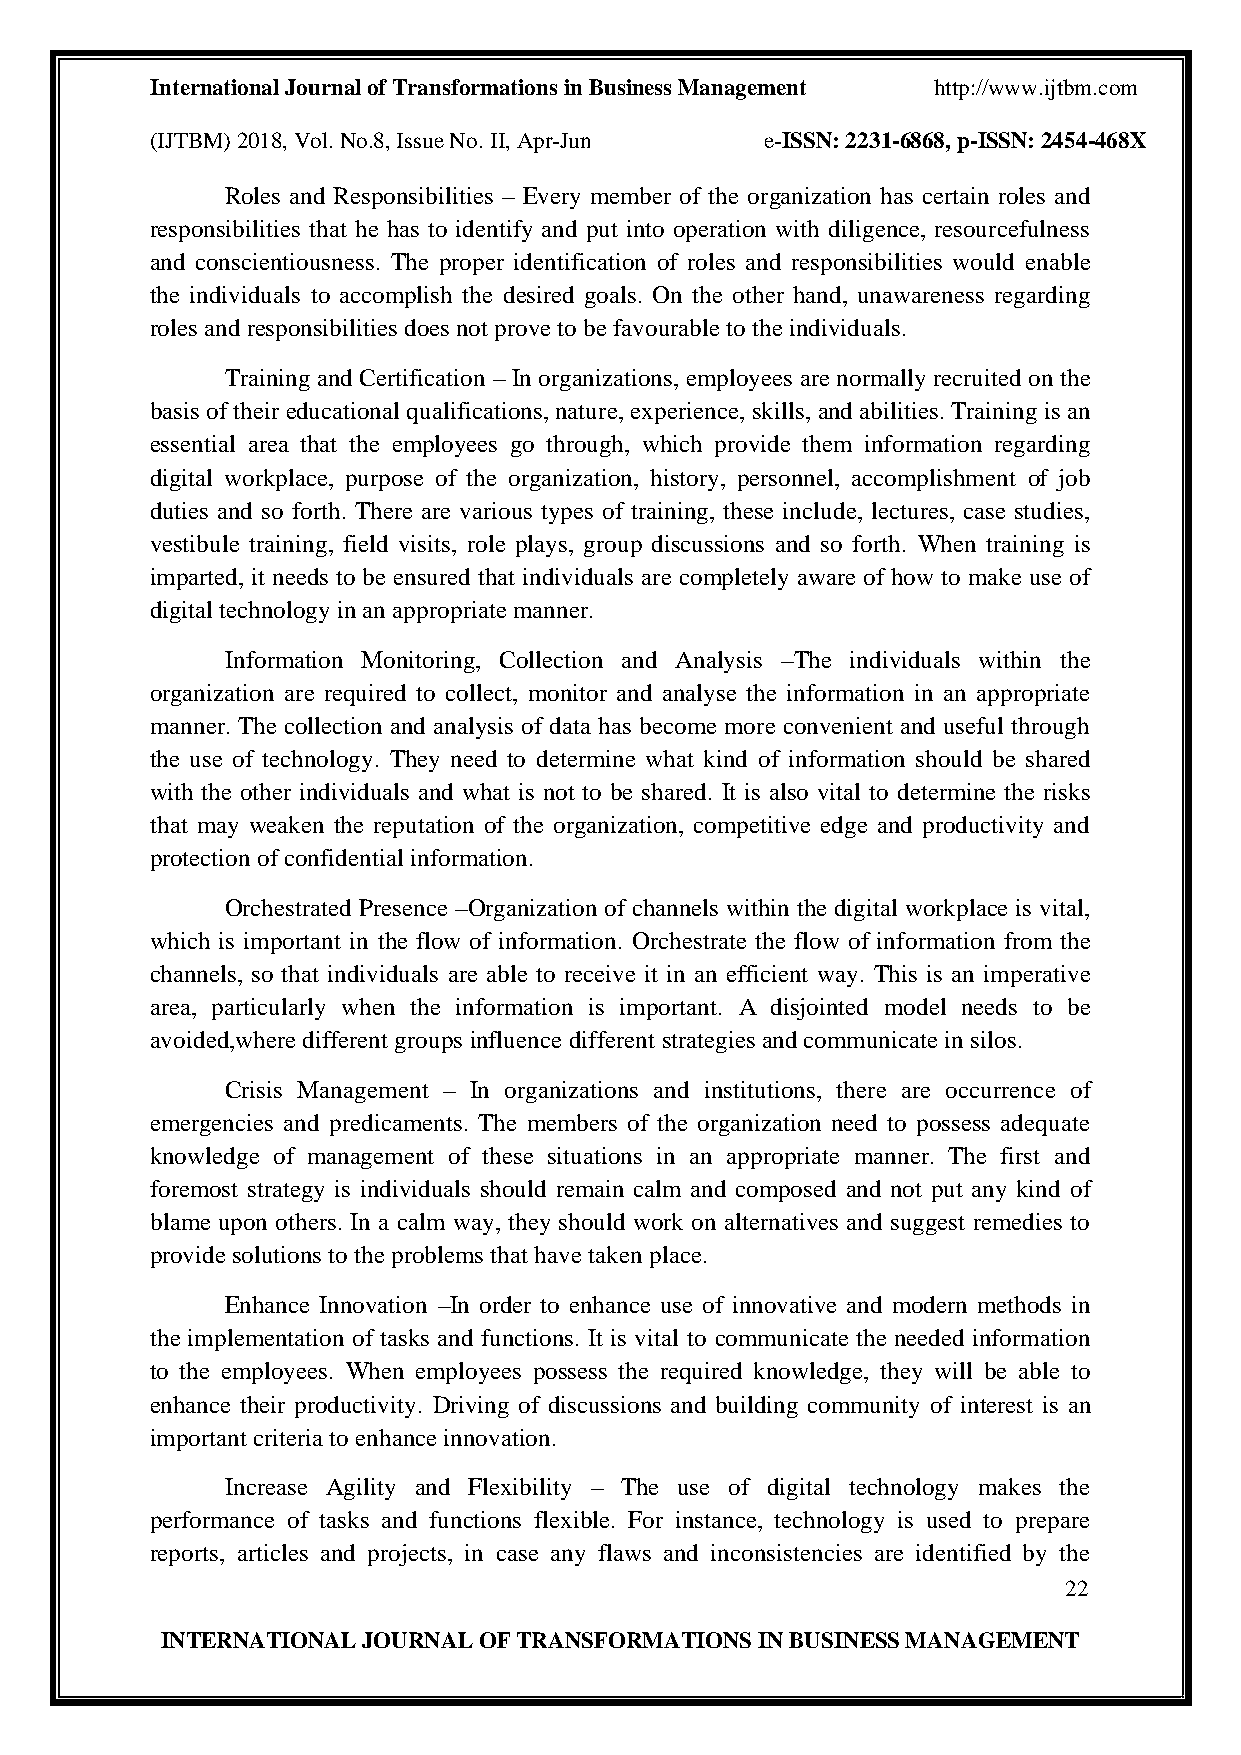
International Journal of Transformations in Business Management http://www.ijtbm.com
 (IJTBM) 2018, Vol. No.8, Issue No. II, Apr-Jun e-ISSN: 2231-6868, p-ISSN: 2454-468X
 Roles and Responsibilities – Every member of the organization has certain roles and
 responsibilities that he has to identify and put into operation with diligence, resourcefulness
 and conscientiousness. The proper identification of roles and responsibilities would enable
 the individuals to accomplish the desired goals. On the other hand, unawareness regarding
 roles and responsibilities does not prove to be favourable to the individuals.
 Training and Certification – In organizations, employees are normally recruited on the
 basis of their educational qualifications, nature, experience, skills, and abilities. Training is an
 essential area that the employees go through, which provide them information regarding
 digital workplace, purpose of the organization, history, personnel, accomplishment of job
 duties and so forth. There are various types of training, these include, lectures, case studies,
 vestibule training, field visits, role plays, group discussions and so forth. When training is
 imparted, it needs to be ensured that individuals are completely aware of how to make use of
 digital technology in an appropriate manner.
 Information Monitoring, Collection and Analysis –The individuals within the
 organization are required to collect, monitor and analyse the information in an appropriate
 manner. The collection and analysis of data has become more convenient and useful through
 the use of technology. They need to determine what kind of information should be shared
 with the other individuals and what is not to be shared. It is also vital to determine the risks
 that may weaken the reputation of the organization, competitive edge and productivity and
 protection of confidential information.
 Orchestrated Presence –Organization of channels within the digital workplace is vital,
 which is important in the flow of information. Orchestrate the flow of information from the
 channels, so that individuals are able to receive it in an efficient way. This is an imperative
 area, particularly when the information is important. A disjointed model needs to be
 avoided,where different groups influence different strategies and communicate in silos.
 Crisis Management – In organizations and institutions, there are occurrence of
 emergencies and predicaments. The members of the organization need to possess adequate
 knowledge of management of these situations in an appropriate manner. The first and
 foremost strategy is individuals should remain calm and composed and not put any kind of
 blame upon others. In a calm way, they should work on alternatives and suggest remedies to
 provide solutions to the problems that have taken place.
 Enhance Innovation –In order to enhance use of innovative and modern methods in
 the implementation of tasks and functions. It is vital to communicate the needed information
 to the employees. When employees possess the required knowledge, they will be able to
 enhance their productivity. Driving of discussions and building community of interest is an
 important criteria to enhance innovation.
 Increase Agility and Flexibility – The use of digital technology makes the
 performance of tasks and functions flexible. For instance, technology is used to prepare
 reports, articles and projects, in case any flaws and inconsistencies are identified by the
 22
 INTERNATIONAL JOURNAL OF TRANSFORMATIONS IN BUSINESS MANAGEMENT